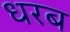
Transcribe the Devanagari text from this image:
धरब